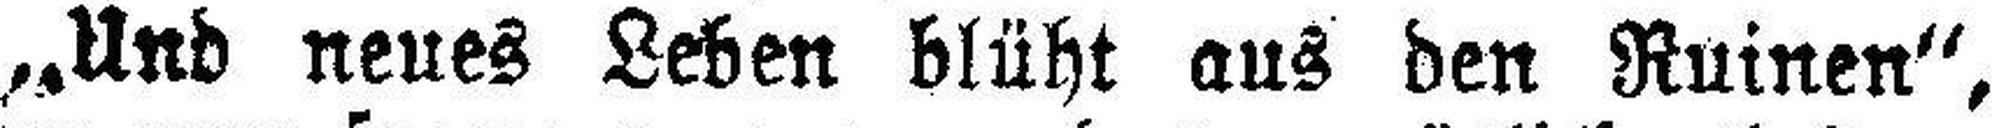
„Und neues Leben blüht aus den Ruinen“,